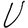
Character: U